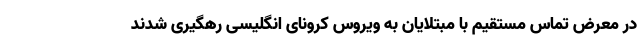
در معرض تماس مستقیم با مبتلایان به ویروس کرونای انگلیسی رهگیری شدند